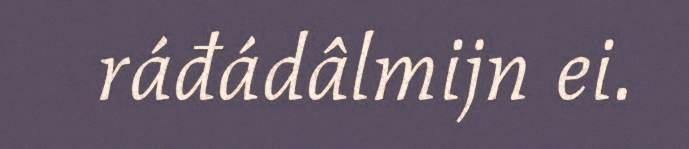
ráđádâlmijn ei.